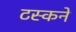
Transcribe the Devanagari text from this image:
टस्कने